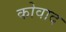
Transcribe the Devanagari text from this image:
कोवाद